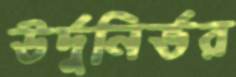
উর্দুনির্ভর